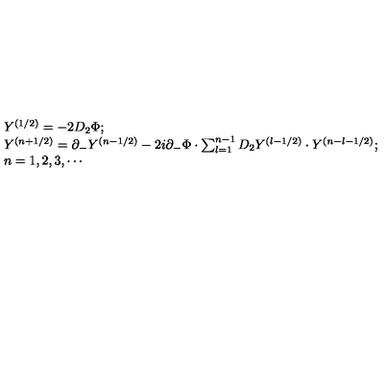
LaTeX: \begin{array} { l } { Y ^ { ( 1 / 2 ) } = - 2 D _ { 2 } \Phi ; } \\ { Y ^ { ( n + 1 / 2 ) } = \partial _ { - } Y ^ { ( n - 1 / 2 ) } - 2 i \partial _ { - } \Phi \cdot \sum _ { l = 1 } ^ { n - 1 } D _ { 2 } Y ^ { ( l - 1 / 2 ) } \cdot Y ^ { ( n - l - 1 / 2 ) } ; } \\ { n = 1 , 2 , 3 , \cdots } \\ \end{array}